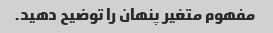
مفهوم متغیر پنهان را توضیح دهید.